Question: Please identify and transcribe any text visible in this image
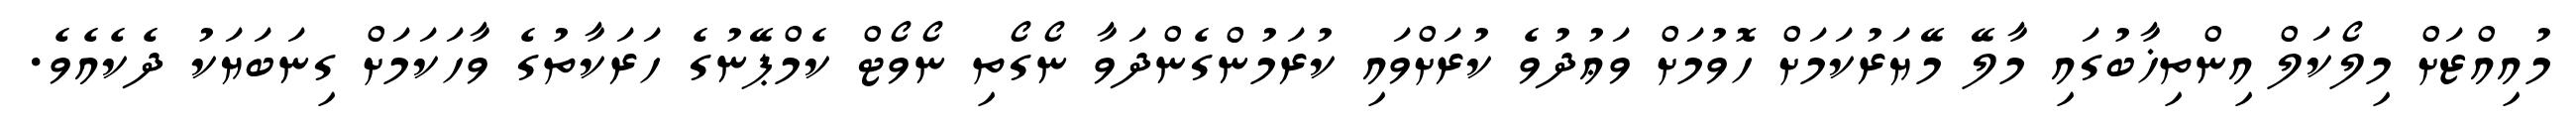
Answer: މުއިއްޒަށް މިލޯކަލް އިންތިޚާބުގައި މާލޭ މޭޔަރުކަމަށް ހޮވުމަށް ވަޢުދުވެ ކުރަށްވައި ކުރަމުންގެންދަވާ ނޯގޯތި ނޯވޯޓް ކެމްޕޭނުގެ ހަރަކާތުގެ ވާހަކަމަށް ގިނަބަޔަކު ދެކެއެވެ.